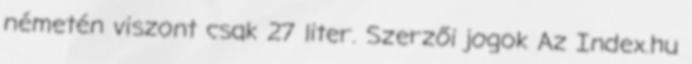
németén viszont csak 27 liter. Szerzői jogok Az Index.hu